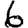
Digit: 6